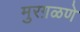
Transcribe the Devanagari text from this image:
मुरग़ळणे